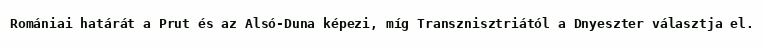
Romániai határát a Prut és az Alsó-Duna képezi, míg Transznisztriától a Dnyeszter választja el.